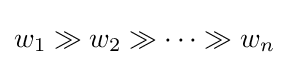
w_{1}\gg w_{2}\gg \cdots \gg w_{n}